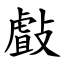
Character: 㪥